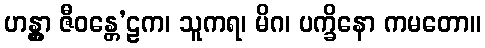
ဟန္တွာ ဇီဝန္တေ’ဠက၊ သူကရ၊ မိဂ၊ ပက္ခိနော ကမတော။